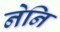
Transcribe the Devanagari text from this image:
नेनि